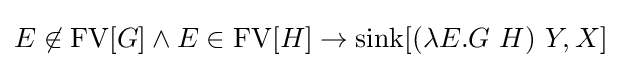
E\not \in \operatorname {FV} [G]\land E\in \operatorname {FV} [H]\to \operatorname {sink} [(\lambda E.G\ H)\ Y,X]